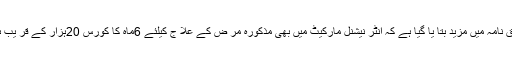
حقائق نامہ میں مزید بتا یا گیا ہے کہ انٹر نیشنل مارکیٹ میں بھی مذکورہ مر ض کے علا ج کیلئے 6ماہ کا کورس 20ہزار کے قر یب ہے ۔